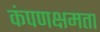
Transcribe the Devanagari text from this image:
कंपणक्षमता